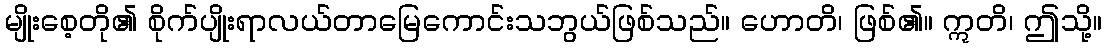
မျိုးစေ့တို၏ စိုက်ပျိုးရာလယ်တာမြေကောင်းသဘွယ်ဖြစ်သည်။ ဟောတိ၊ ဖြစ်၏။ ဣတိ၊ ဤသို့။